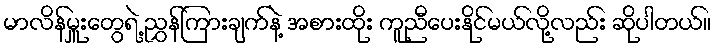
မာလိန်မှူးတွေရဲ့ ညွှန်ကြားချက်နဲ့ အစားထိုး ကူညီပေးနိုင်မယ်လို့လည်း ဆိုပါတယ်။